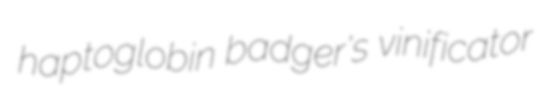
haptoglobin badger's vinificator